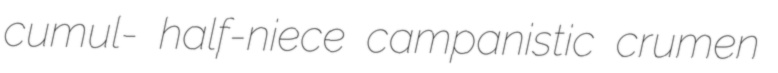
cumul- half-niece campanistic crumen